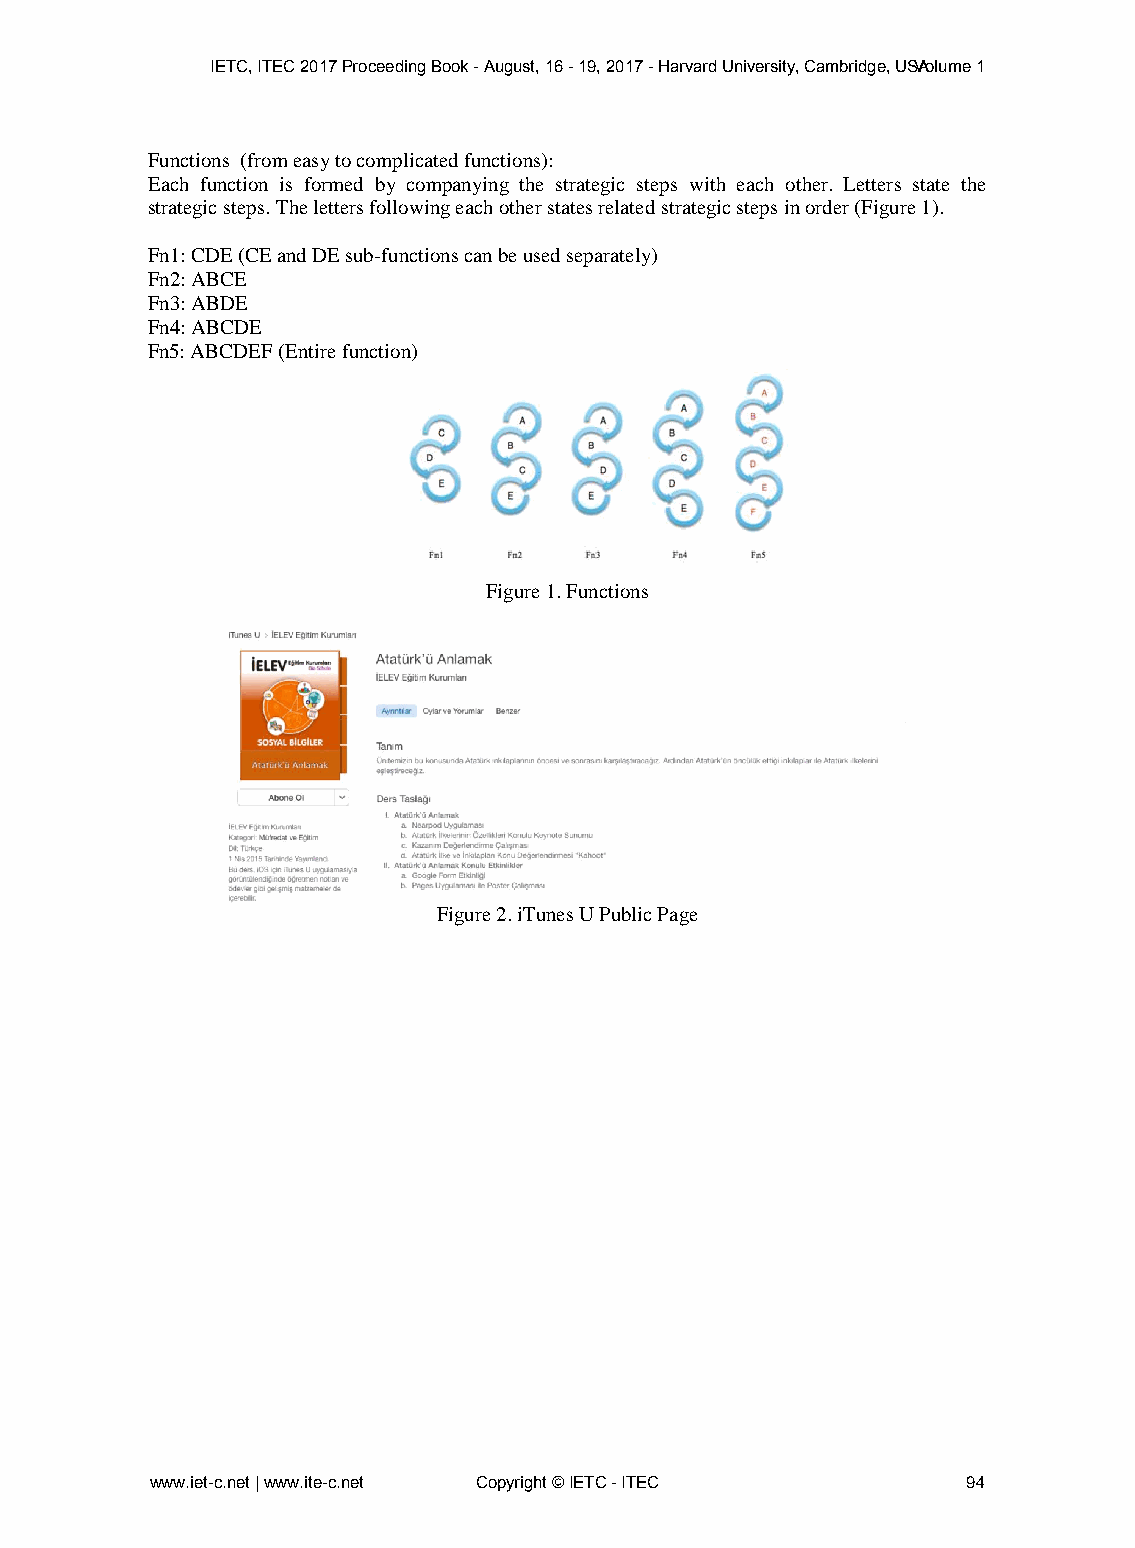
IETC, ITEC 2017 Proceeding Book - August, 16 - 19, 2017 - Harvard University, Cambridge, USVAolume 1
 Functions (from easy to complicated functions):
 Each function is formed by companying the strategic steps with each other. Letters state the
 strategic steps. The letters following each other states related strategic steps in order (Figure 1).
 Fn1: CDE (CE and DE sub-functions can be used separately)
 Fn2: ABCE
 Fn3: ABDE
 Fn4: ABCDE
 Fn5: ABCDEF (Entire function)
 Figure 1. Functions
 Figure 2. iTunes U Public Page
 www.iet-c.net | www.ite-c.net Copyright © IETC - ITEC 94